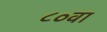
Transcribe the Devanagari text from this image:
८०वा